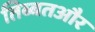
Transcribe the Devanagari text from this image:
तिब्बतऔर